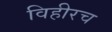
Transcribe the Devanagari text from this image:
विहीरच